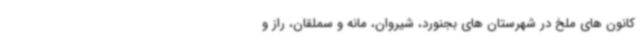
کانون های ملخ در شهرستان های بجنورد، شیروان، مانه و سملقان، راز و